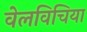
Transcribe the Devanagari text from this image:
वेलविचिया